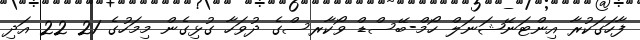
ފާހަގަކުރާ އިންޓަނޭޝަނަލް ހޯމް-ބޭސްޑް ވޯކާރސްގެ ދުވަހާ ގުޅިގެން މިމަހުގެ 21 22 އަދި